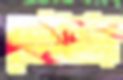
ব্লকবাঁধবিগ্রেডিয়া